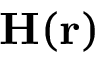
\mathbf { H } ( \mathbf { r } )